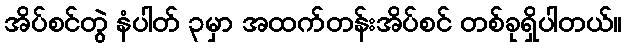
အိပ်စင်တွဲ နံပါတ် ၃မှာ အထက်တန်းအိပ်စင် တစ်ခုရှိပါတယ်။